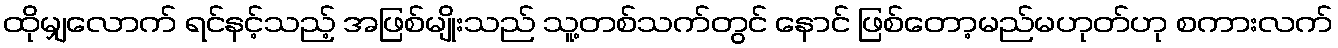
ထိုမျှလောက် ရင်နင့်သည့် အဖြစ်မျိုးသည် သူ့တစ်သက်တွင် နောင် ဖြစ်တော့မည်မဟုတ်ဟု စကားလက်